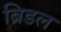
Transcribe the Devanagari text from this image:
ब्रिडल